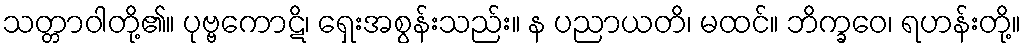
သတ္တာဝါတို့၏။ ပုဗ္ဗကောဋိ၊ ရှေးအစွန်းသည်း။ န ပညာယတိ၊ မထင်။ ဘိက္ခဝေ၊ ရဟန်းတို့။